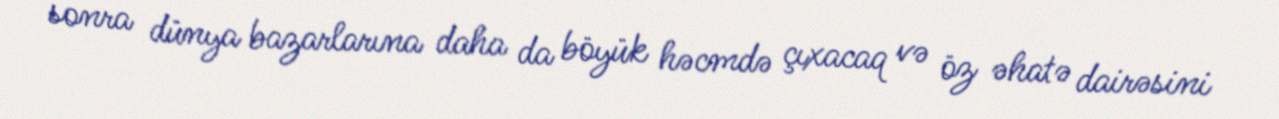
sonra dünya bazarlarına daha da böyük həcmdə çıxacaq və öz əhatə dairəsini